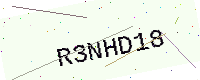
Text: R3NHD18